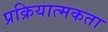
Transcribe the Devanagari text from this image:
प्रक्रियात्मकता